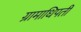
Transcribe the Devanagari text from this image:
ग्रामाधिपती